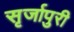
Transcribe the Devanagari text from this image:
सृर्जापुरी